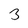
Character: 3